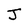
Character: J